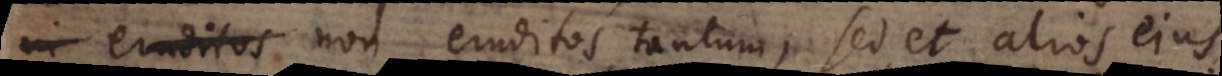
iderem non eruditos tantum, sed et alios ejus